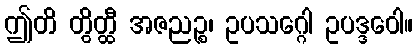
ဤတိ တွိတ္ထီ အဇညဉ္စ၊ ဥပသဂ္ဂေါ ဥပဒ္ဒဝေါ။